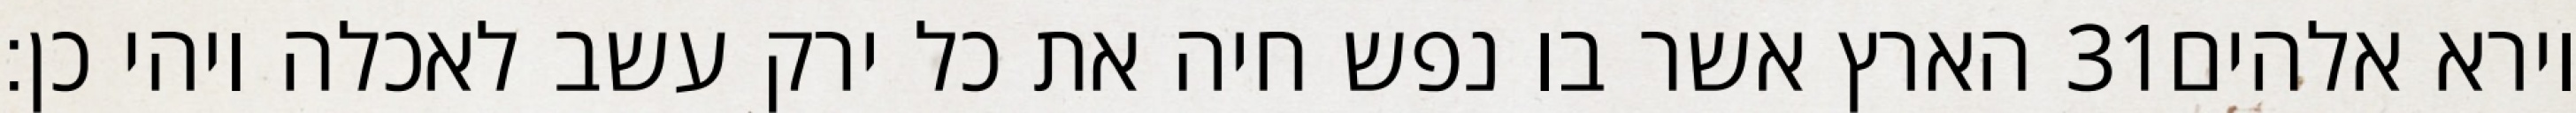
הארץ אשר בו נפש חיה את כל ירק עשב לאכלה ויהי כן׃ ‎31‏ וירא אלהים